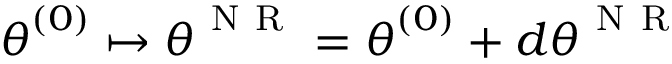
{ \boldsymbol { \theta } } ^ { ( 0 ) } \mapsto { \boldsymbol { \theta } } ^ { \mathrm { ~ N ~ R ~ } } = { \boldsymbol { \theta } } ^ { ( 0 ) } + d { \boldsymbol { \theta } } ^ { \mathrm { ~ N ~ R ~ } }